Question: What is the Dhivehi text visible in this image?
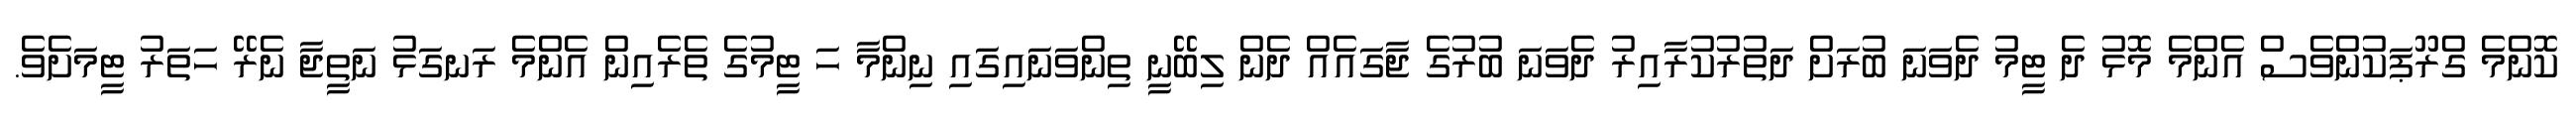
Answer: ކޮންމެ ގްރޫޕަކުންވެސް އެންމެ މޮޅު ދެ ޓީމު ދެވަނަ ބުރަށް ދަތުރުކުރާއިރު ދެވަނަ ބުރުގެ ޖާގައެއް ދެން ލިބޭނީ ތިންވަނައިގައި ނިންމާ ހަ ޓީމުގެ ތެރެއިން އެންމެ ރަނގަޅު ނަތީޖާ ނެރޭ ހަތަރު ޓީމަށެވެ.